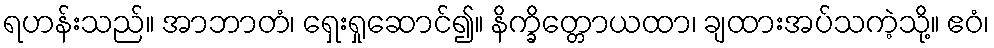
ရဟန်းသည်။ အာဘာတံ၊ ရှေးရှုဆောင်၍။ နိက္ခိတ္တောယထာ၊ ချထားအပ်သကဲ့သို့။ ဧဝံ၊